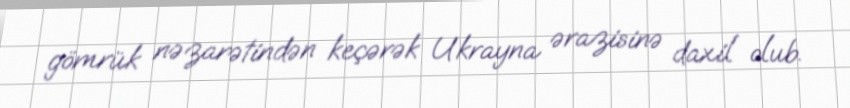
gömrük nəzarətindən keçərək Ukrayna ərazisinə daxil olub.